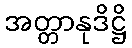
အတ္တာနုဒိဋ္ဌိ